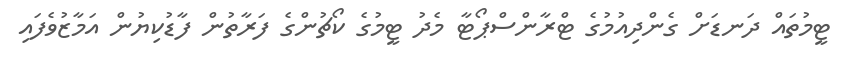
ޓީމުތައް ދަނޑަށް ގެންދިއުމުގެ ޓްރާންސްޕޯޓާ މެދު ޓީމުގެ ކޯޗުންގެ ފަރާތުން ފާޑުކިޔުން އަމާޒުވެފައި